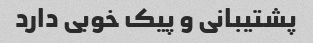
پشتیبانی و پیک خوبی دارد